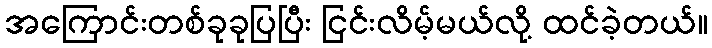
အကြောင်းတစ်ခုခုပြပြီး ငြင်းလိမ့်မယ်လို့ ထင်ခဲ့တယ်။